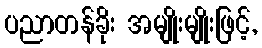
ပညာတန်ခိုး အမျိုးမျိုးဖြင့်,